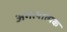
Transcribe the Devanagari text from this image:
अगत्यात्मक